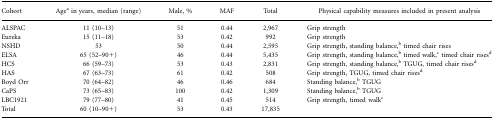
<table><thead><tr><td><b>Cohort</b></td><td><b>Agea in years, median (range)</b></td><td><b>Male, %</b></td><td><b>MAF</b></td><td><b>Total</b></td><td><b>Physical capability measures included inpresent analysis</b></td></tr></thead><tbody><tr><td>ALSPAC</td><td>11 (10–13)</td><td>51</td><td>0.44</td><td>2,967</td><td>Grip strength</td></tr><tr><td>Eureka</td><td>15 (11–18)</td><td>53</td><td>0.42</td><td>992</td><td>Grip strength</td></tr><tr><td>NSHD</td><td>53</td><td>50</td><td>0.44</td><td>2,595</td><td>Grip strength, standing balance,b timed chairrises</td></tr><tr><td>ELSA</td><td>65 (52–90+)</td><td>46</td><td>0.44</td><td>5,435</td><td>Grip strength, standing balance,b timedwalk,ctimed chair risesd</td></tr><tr><td>HCS</td><td>66 (59–73)</td><td>53</td><td>0.43</td><td>2,831</td><td>Grip strength, standing balance,b TGUG, timedchair risesd</td></tr><tr><td>HAS</td><td>67 (63–73)</td><td>61</td><td>0.42</td><td>508</td><td>Grip strength, TGUG, timed chair risesd</td></tr><tr><td>Boyd Orr</td><td>70 (64–82)</td><td>46</td><td>0.46</td><td>684</td><td>Standing balance,b TGUG</td></tr><tr><td>CaPS</td><td>73 (65–83)</td><td>100</td><td>0.42</td><td>1,309</td><td>Standing balance,b TGUG</td></tr><tr><td>LBC1921</td><td>79 (77–80)</td><td>41</td><td>0.45</td><td>514</td><td>Grip strength, timed walkc</td></tr><tr><td>Total</td><td>60 (10–90+)</td><td>53</td><td>0.43</td><td>17,835</td><td></td></tr></tbody></table>